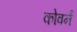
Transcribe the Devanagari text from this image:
कोवर्न